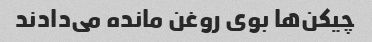
چیکن‌ها بوی روغن مانده می‌دادند